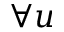
\forall u